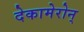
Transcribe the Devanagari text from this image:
देकामेरोन्